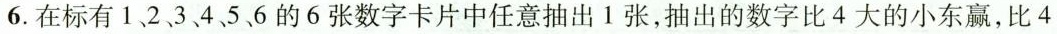
6.在标有1、2、3、4、5、6的6张数字卡片中任意抽出1张，抽出的数字比4大的小东赢，比4